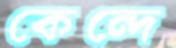
কেন্দে